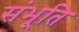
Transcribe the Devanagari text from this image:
संभूति